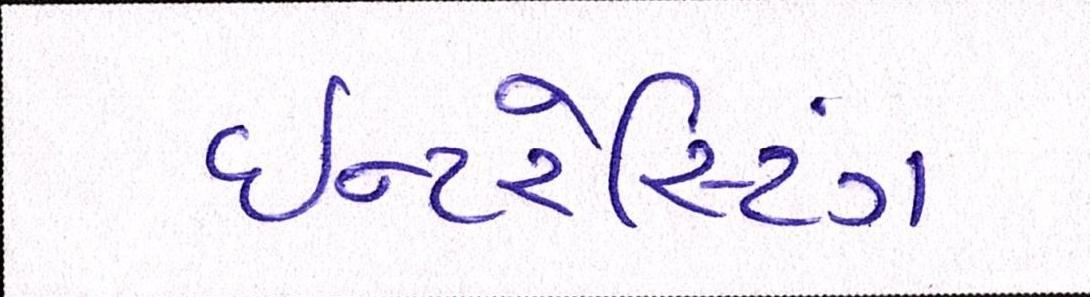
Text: ઇન્ટરેસ્ટિંગ